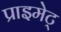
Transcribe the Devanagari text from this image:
प्राइमेट्